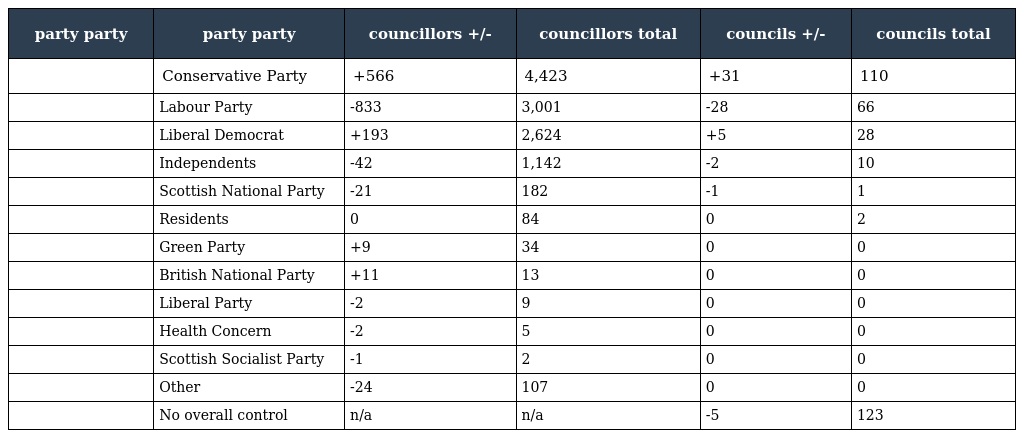
| party party | party party | councillors +/- | councillors total | councils +/- | councils total |
 | --- | --- | --- | --- | --- | --- |
 |  | Conservative Party | +566 | 4,423 | +31 | 110 |
 |  | Labour Party | -833 | 3,001 | -28 | 66 |
 |  | Liberal Democrat | +193 | 2,624 | +5 | 28 |
 |  | Independents | -42 | 1,142 | -2 | 10 |
 |  | Scottish National Party | -21 | 182 | -1 | 1 |
 |  | Residents | 0 | 84 | 0 | 2 |
 |  | Green Party | +9 | 34 | 0 | 0 |
 |  | British National Party | +11 | 13 | 0 | 0 |
 |  | Liberal Party | -2 | 9 | 0 | 0 |
 |  | Health Concern | -2 | 5 | 0 | 0 |
 |  | Scottish Socialist Party | -1 | 2 | 0 | 0 |
 |  | Other | -24 | 107 | 0 | 0 |
 |  | No overall control | n/a | n/a | -5 | 123 |